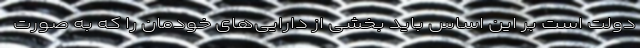
دولت است بر این اساس باید بخشی از دارایی‌های خودمان را که به صورت